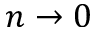
n \rightarrow 0